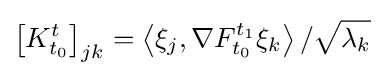
\left[K_{t_{0}}^{t}\right]_{jk}=\left\langle \xi _{j},\nabla F_{t_{0}}^{t_{1}}\xi _{k}\right\rangle /{\sqrt {\lambda _{k}}}